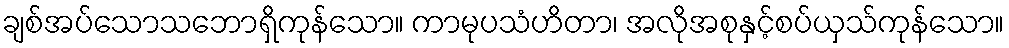
ချစ်အပ်သောသဘောရှိကုန်သော။ ကာမုပသံဟိတာ၊ အလိုအစုနှင့်စပ်ယှသ်ကုန်သော။